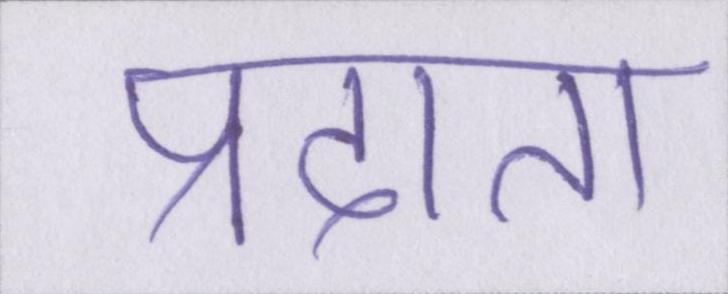
प्रदाता